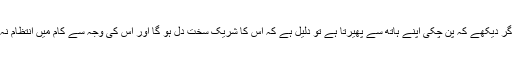
لیکن اگر دیکھے کہ پن چکی اپنے ہاتھ سے پھیرتا ہے تو دلیل ہے کہ اس کا شریک سخت دل ہو گا اور اس کی وجہ سے کام میں انتظام نہ ہو گا۔